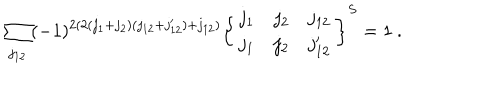
\sum _ { j _ { 1 2 } } ( - 1 ) ^ { 2 ( 2 ( j _ { 1 } + j _ { 2 } ) ( j _ { 1 2 } + j _ { 1 2 } ^ { \prime } ) + j _ { 1 2 } ) } \left\{ \begin{array} { c c c } { { j _ { 1 } } } & { { j _ { 2 } } } & { { j _ { 1 2 } } } \\ { { j _ { 1 } } } & { { j _ { 2 } } } & { { j _ { 1 2 } ^ { \prime } } } \\ \end{array} \right\} ^ { S } = 1 ~ .